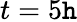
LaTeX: t=5\mathtt{h}